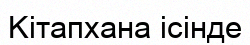
Kітапхана ісінде